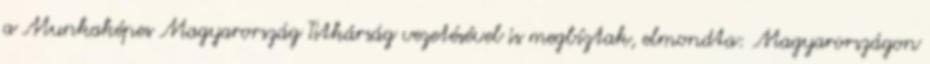
a Munkaképes Magyarország Titkárság vezetésével is megbíztak, elmondta: Magyarországon